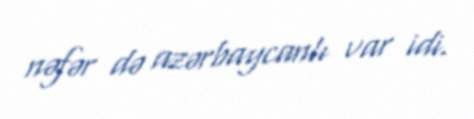
nəfər də azərbaycanlı var idi.